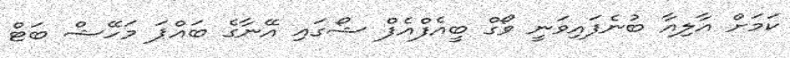
ކަމަށް އާލިއާ ބުނެފައިވަނީ ވޯގް ބީއެފްއެފް ޝޯގައި އޭނާގެ ބައްޕަ މަހޭޝް ބަޓް